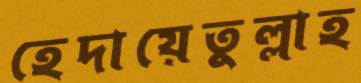
হেদায়েতুল্লাহ